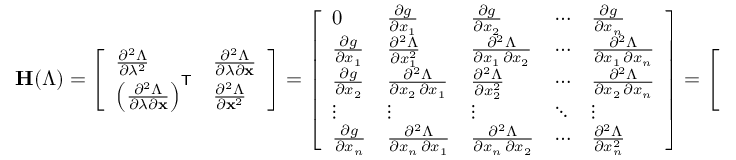
\mathbf { H } ( \Lambda ) = { \left[ \begin{array} { l l } { { \frac { \partial ^ { 2 } \Lambda } { \partial \lambda ^ { 2 } } } } & { { \frac { \partial ^ { 2 } \Lambda } { \partial \lambda \partial \mathbf { x } } } } \\ { \left( { \frac { \partial ^ { 2 } \Lambda } { \partial \lambda \partial \mathbf { x } } } \right) ^ { \mathsf { T } } } & { { \frac { \partial ^ { 2 } \Lambda } { \partial \mathbf { x } ^ { 2 } } } } \end{array} \right] } = { \left[ \begin{array} { l l l l l } { 0 } & { { \frac { \partial g } { \partial x _ { 1 } } } } & { { \frac { \partial g } { \partial x _ { 2 } } } } & { \cdots } & { { \frac { \partial g } { \partial x _ { n } } } } \\ { { \frac { \partial g } { \partial x _ { 1 } } } } & { { \frac { \partial ^ { 2 } \Lambda } { \partial x _ { 1 } ^ { 2 } } } } & { { \frac { \partial ^ { 2 } \Lambda } { \partial x _ { 1 } \, \partial x _ { 2 } } } } & { \cdots } & { { \frac { \partial ^ { 2 } \Lambda } { \partial x _ { 1 } \, \partial x _ { n } } } } \\ { { \frac { \partial g } { \partial x _ { 2 } } } } & { { \frac { \partial ^ { 2 } \Lambda } { \partial x _ { 2 } \, \partial x _ { 1 } } } } & { { \frac { \partial ^ { 2 } \Lambda } { \partial x _ { 2 } ^ { 2 } } } } & { \cdots } & { { \frac { \partial ^ { 2 } \Lambda } { \partial x _ { 2 } \, \partial x _ { n } } } } \\ { \vdots } & { \vdots } & { \vdots } & { \ddots } & { \vdots } \\ { { \frac { \partial g } { \partial x _ { n } } } } & { { \frac { \partial ^ { 2 } \Lambda } { \partial x _ { n } \, \partial x _ { 1 } } } } & { { \frac { \partial ^ { 2 } \Lambda } { \partial x _ { n } \, \partial x _ { 2 } } } } & { \cdots } & { { \frac { \partial ^ { 2 } \Lambda } { \partial x _ { n } ^ { 2 } } } } \end{array} \right] } = { \left[ \begin{array} { l l } { 0 } & { { \frac { \partial g } { \partial \mathbf { x } } } } \\ { \left( { \frac { \partial g } { \partial \mathbf { x } } } \right) ^ { \mathsf { T } } } & { { \frac { \partial ^ { 2 } \Lambda } { \partial \mathbf { x } ^ { 2 } } } } \end{array} \right] }